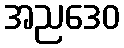
အညဒေဝ